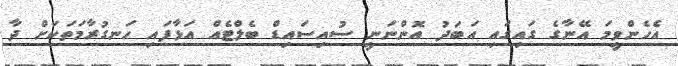
އެހެންވީމަ އޭނާގެ ގައިގައި އަބަދު އޮންނަނީ ސުއިސައިޑް ބެލްޓެއް އަޅާފައި ހަނގުރާމަތަކަށް ދާ